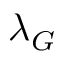
\lambda _ { G }